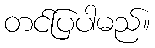
တင်ပြပါမည်။